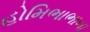
હોમિભાભાના